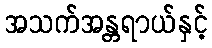
အသက်အန္တရာယ်နှင့်